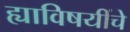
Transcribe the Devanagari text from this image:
ह्याविषयींचे